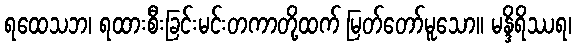
ရထေသဘ၊ ရထားစီးခြင်းမင်းတကာတို့ထက် မြတ်တော်မူသော။ မန္ဒိရိဿရ၊